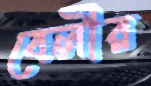
বেলীর